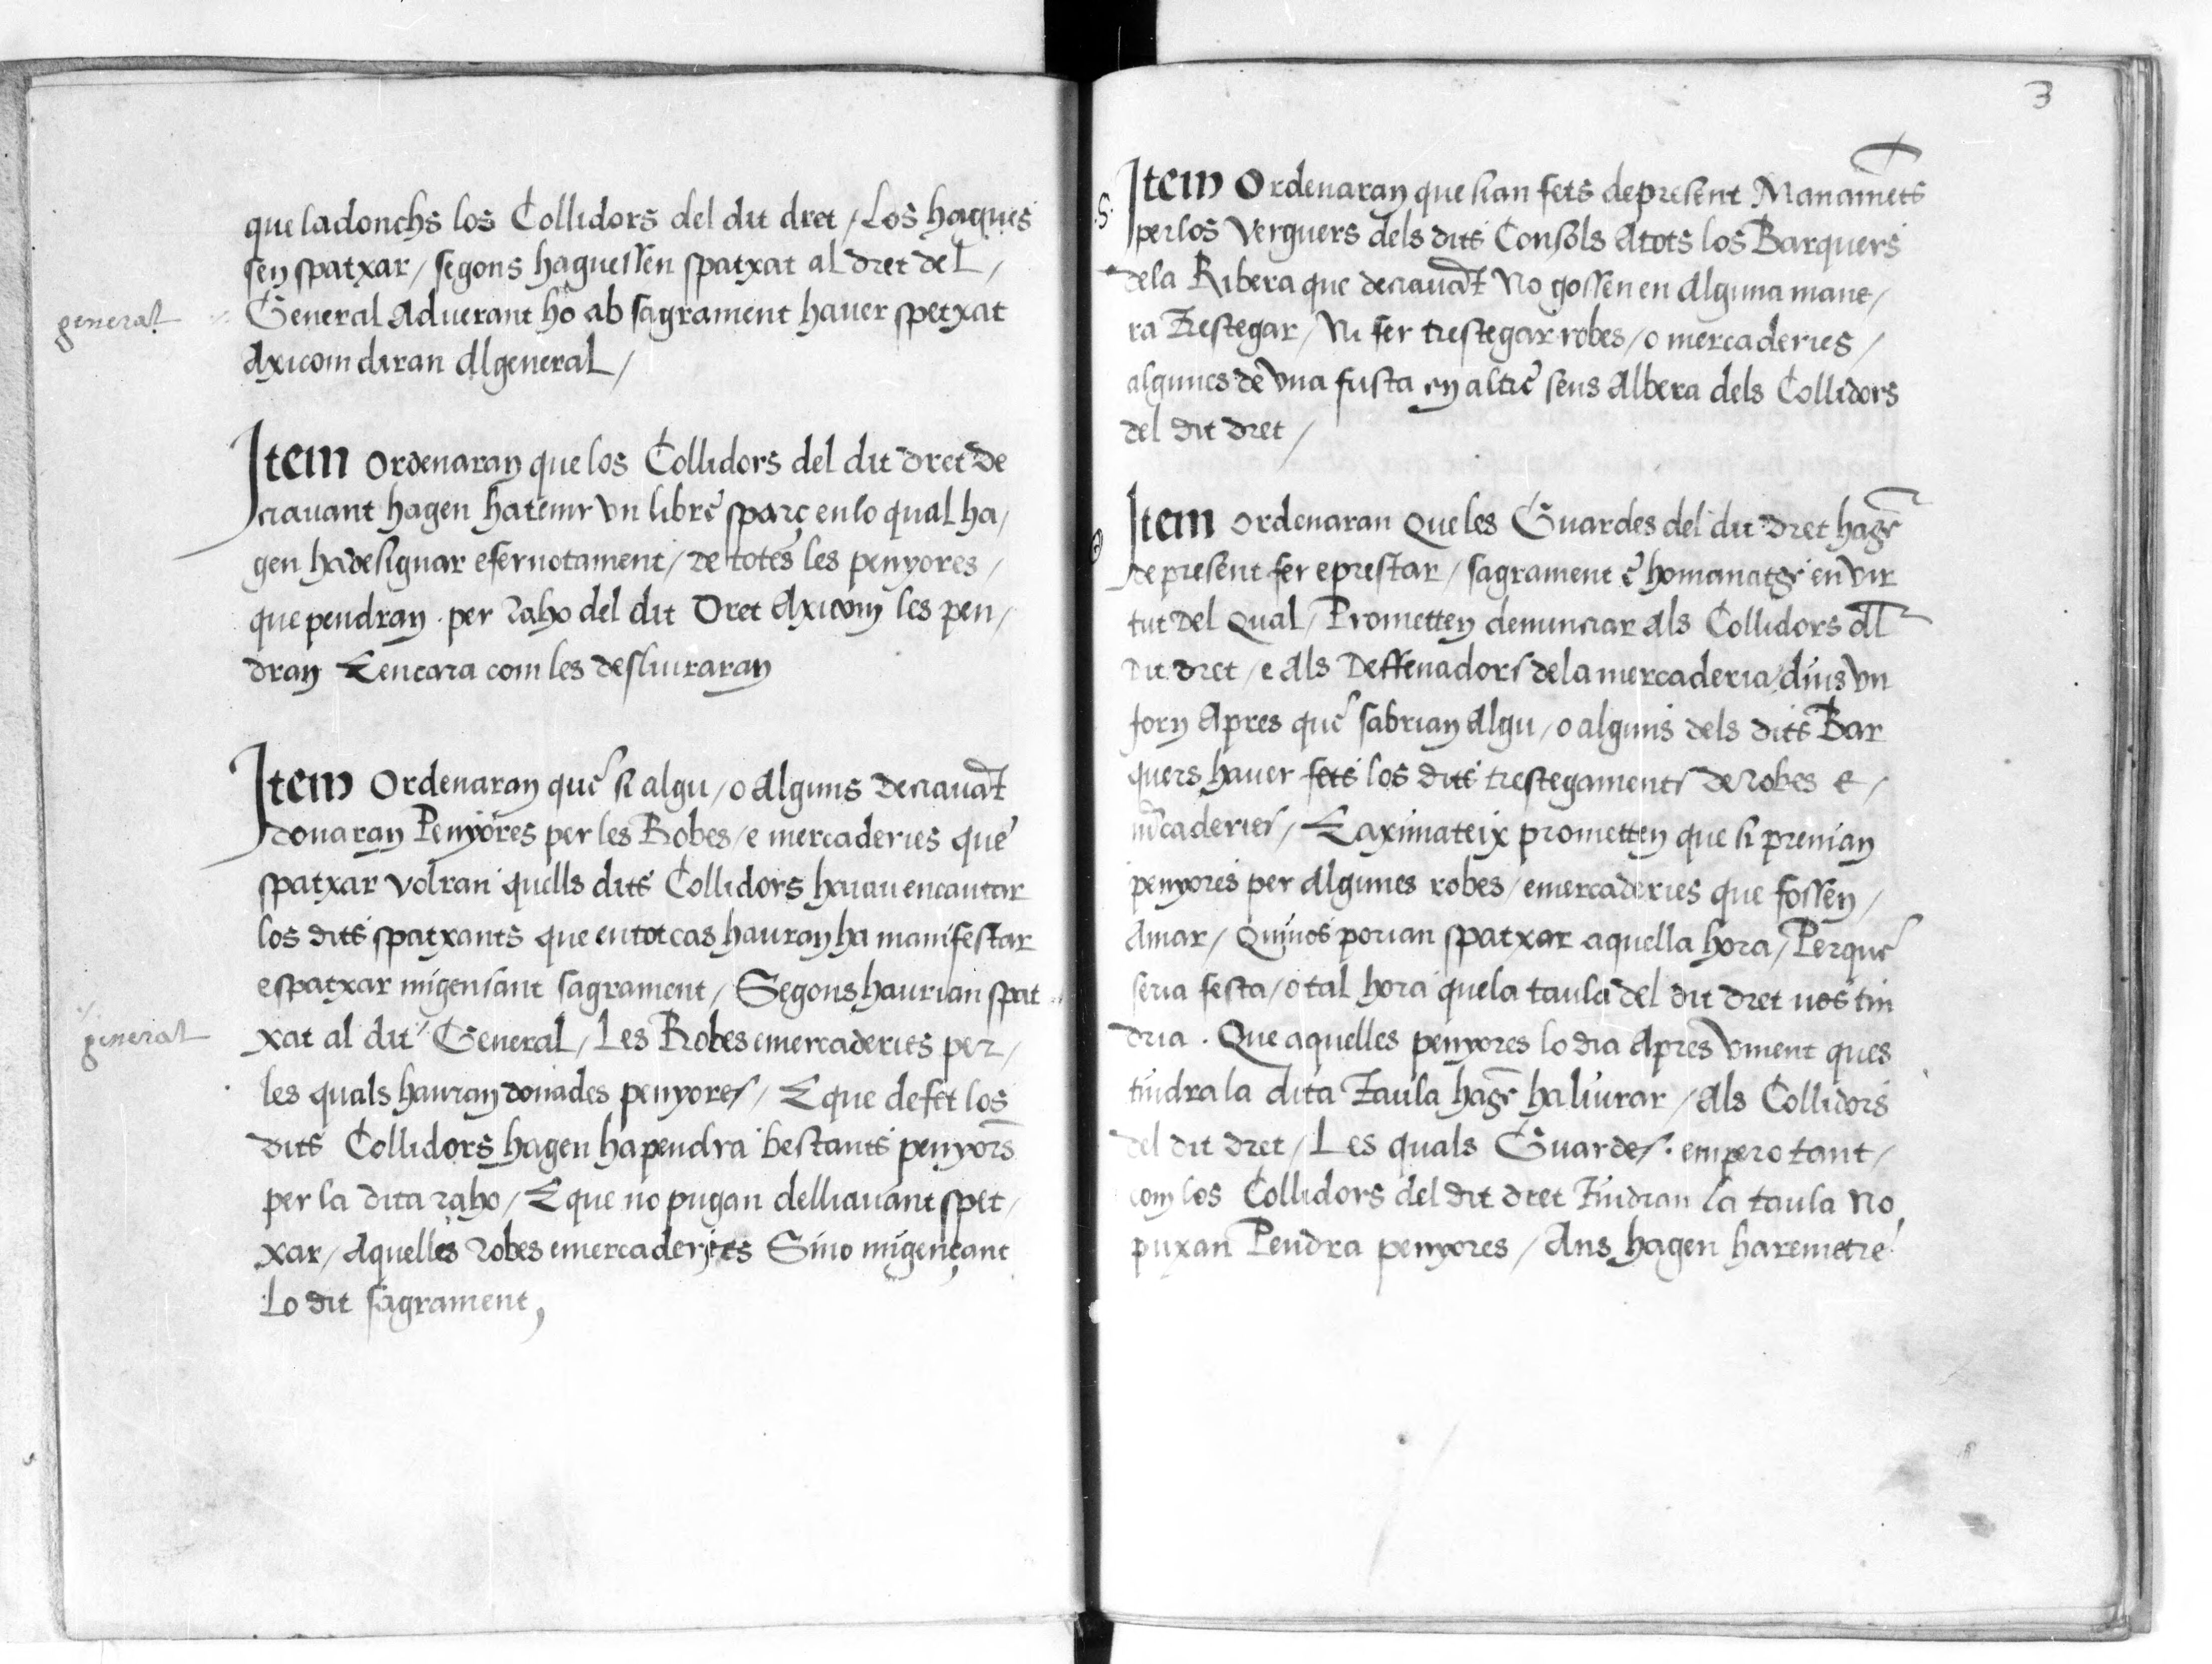
Shelfmark: Paris, BnF, esp. 548
Century: 16